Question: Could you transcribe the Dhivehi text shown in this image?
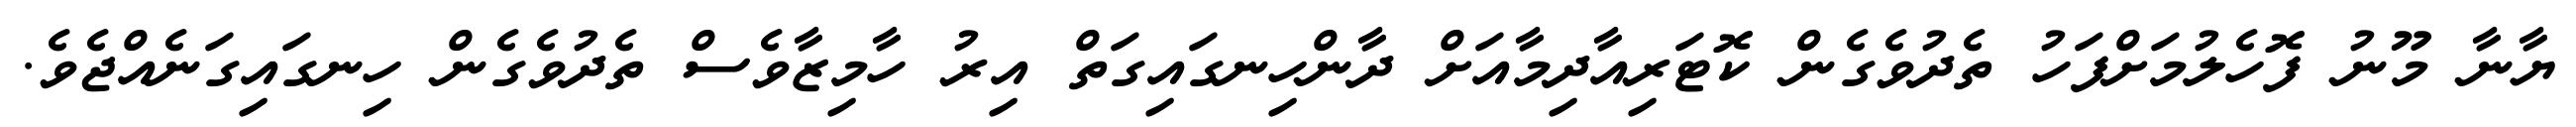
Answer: ޔާނާ މޫނު ފޮހެލުމަށްފަހު ތެދުވެގެން ކޮޓަރިއާދިމާއަށް ދާންހިނގައިގަތް އިރު ހާމިޒާވެސް ތެދުވެގެން ހިނގައިގަނެއްޖެވެ.